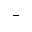
-